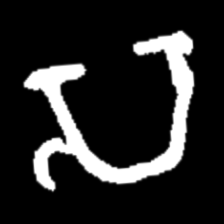
Pyu character \u2014 Myanmar letter: သ (romanized: sa)